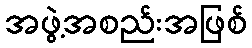
အဖွဲ့အစည်းအဖြစ်